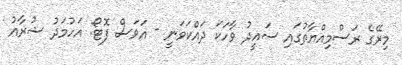
މިރޭގެ ރަސްމިއްޔާތުގައި ސައީދު ވާހަކަ ދައްކަވަނީ - އަވަސް ފޮޓޯ: އަހުމަދު ޝުރާއު